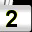
Digit: 2